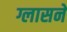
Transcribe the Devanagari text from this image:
ग्लासने